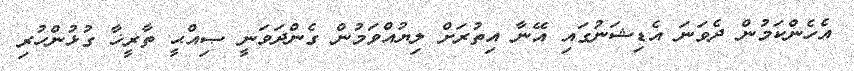
އެހެންކަމުން ދެވަނަ އެޑިޝަނުގައި އޭނާ އިތުރަށް ލިޔުއްވަމުން ގެންދަވަނީ ޞިއްޙީ ތާރީޚާ ގުޅުންހުރި